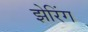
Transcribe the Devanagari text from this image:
झेरिंग